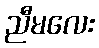
ညီမလေး